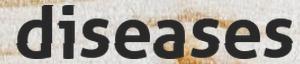
diseases